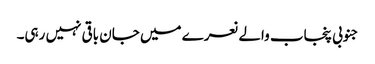
جنوبی پنجاب والے نعرے میں جان باقی نہیں رہی۔